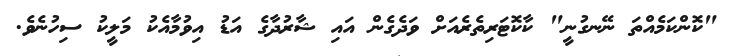
"ކޮންކަމެއްތަ ނޭނގުނީ" ކާކޮޓަރިތެރެއަށް ވަދެގެން އައި ޝާރުދާގެ އަޑު އިވުމާއެކު މަލީކު ސިހުނެވެ.